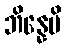
ဘိန္နေပိ